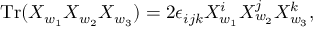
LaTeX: \mathrm { T r } ( X _ { w _ { 1 } } X _ { w _ { 2 } } X _ { w _ { 3 } } ) = 2 \epsilon _ { i j k } X _ { w _ { 1 } } ^ { i } X _ { w _ { 2 } } ^ { j } X _ { w _ { 3 } } ^ { k } ,